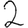
Digit: 2